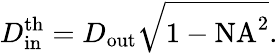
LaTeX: D_{\mathrm{in}}^{\mathrm{th}}=D_{\mathrm{out}}\sqrt{1-\mathrm{NA}^{2}}.